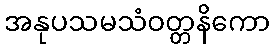
အနုပသမသံဝတ္တနိကော